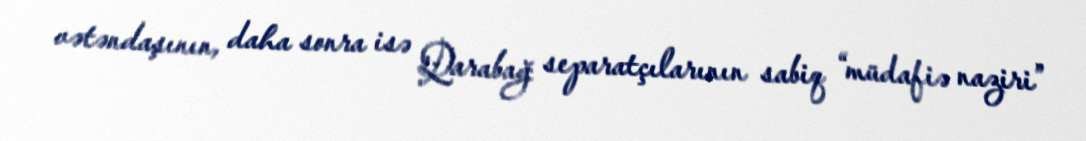
vətəndaşının, daha sonra isə Qarabağ separatçılarının sabiq “müdafiə naziri”